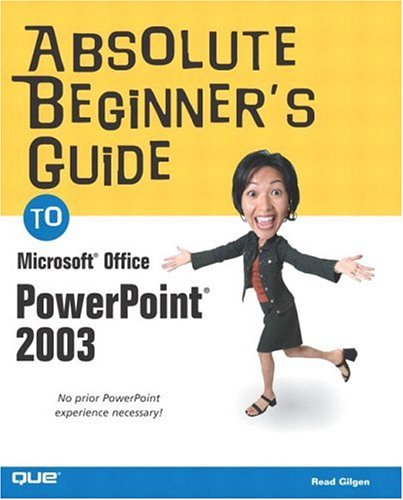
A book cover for Absolute Beginner's Guide to Microsoft Office PowerPoint 2003; Read Gilgen; Computers & Technology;